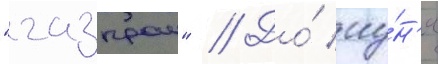
"газпром" // До́ иу́н'я